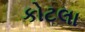
કોટલા